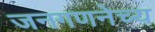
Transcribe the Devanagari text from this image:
जनगणनेच्य